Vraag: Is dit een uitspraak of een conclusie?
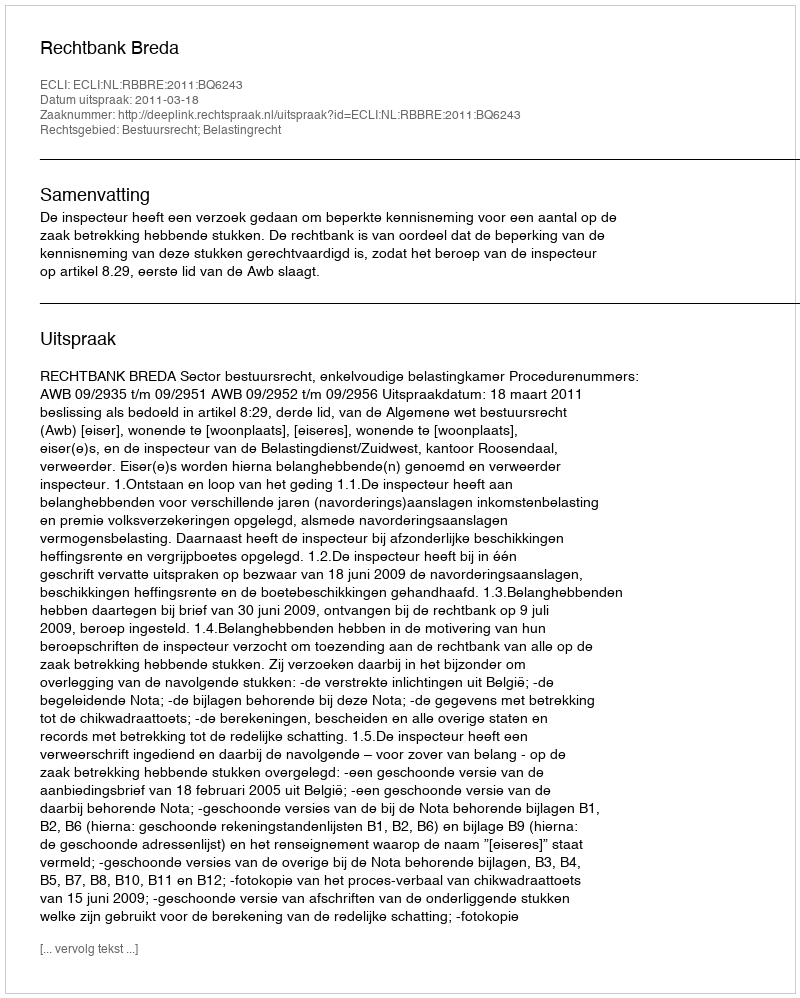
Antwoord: Uitspraak